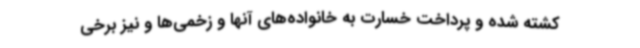
کشته شده و پرداخت خسارت به خانواده‌های آنها و زخمی‌ها و نیز برخی